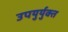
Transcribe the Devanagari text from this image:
उपयुर्युक्त